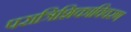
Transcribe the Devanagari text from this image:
परात्रिशिकाविवरण